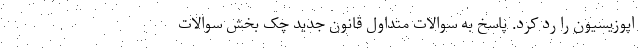
اپوزیسیون را رد کرد. پاسخ به سوالات متداول قانون جدید چک بخش سوالات